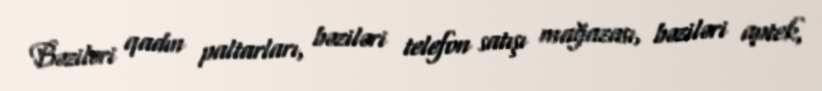
Bəziləri qadın paltarları, bəziləri telefon satışı mağazası, bəziləri aptek,